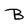
Character: B